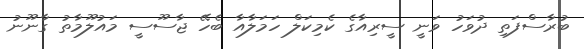
ބުރާސްފަތި ދުވަހު ވަނީ ސީރިއާގެ ކެމިކަލް ހަމަލާއާ ބެހޭ ޖާސޫސީ މައުލޫމާތު ގާނޫނު